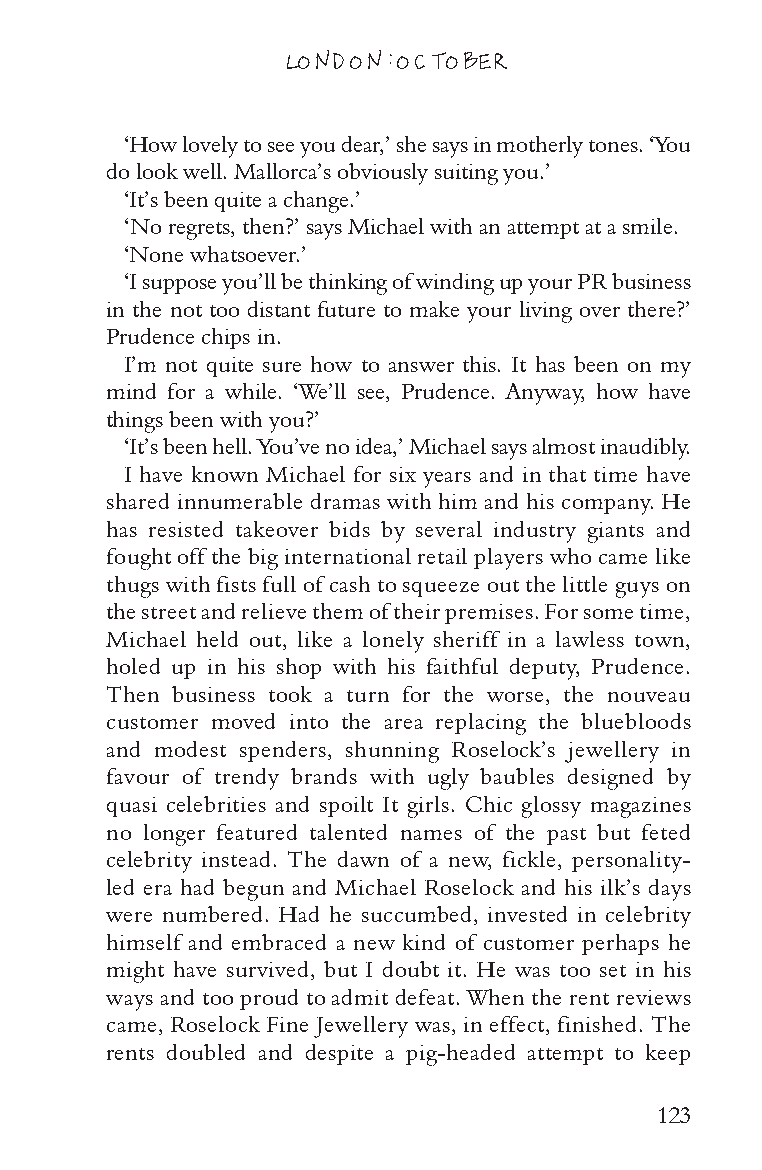
LONDON: OCTOBER
 ‘How lovely to see you dear,’ she says in motherly tones. ‘You
 do look well. Mallorca’s obviously suiting you.’
 ‘It’s been quite a change.’
 ‘No regrets, then?’ says Michael with an attempt at a smile.
 ‘None whatsoever.’
 ‘I suppose you’ll be thinking of winding up your PR business
 in the not too distant future to make your living over there?’
 Prudence chips in.
 I’m not quite sure how to answer this. It has been on my
 mind for a while. ‘We’ll see, Prudence. Anyway, how have
 things been with you?’
 ‘It’s been hell. You’ve no idea,’ Michael says almost inaudibly.
 I have known Michael for six years and in that time have
 shared innumerable dramas with him and his company. He
 has resisted takeover bids by several industry giants and
 fought off the big international retail players who came like
 thugs with fists full of cash to squeeze out the little guys on
 the street and relieve them of their premises. For some time,
 Michael held out, like a lonely sheriff in a lawless town,
 holed up in his shop with his faithful deputy, Prudence.
 Then business took a turn for the worse, the nouveau
 customer moved into the area replacing the bluebloods
 and modest spenders, shunning Roselock’s jewellery in
 favour of trendy brands with ugly baubles designed by
 quasi celebrities and spoilt It girls. Chic glossy magazines
 no longer featured talented names of the past but feted
 celebrity instead. The dawn of a new, fickle, personality-
 led era had begun and Michael Roselock and his ilk’s days
 were numbered. Had he succumbed, invested in celebrity
 himself and embraced a new kind of customer perhaps he
 might have survived, but I doubt it. He was too set in his
 ways and too proud to admit defeat. When the rent reviews
 came, Roselock Fine Jewellery was, in effect, finished. The
 rents doubled and despite a pig-headed attempt to keep
 123